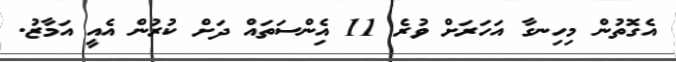
އެގޮތުން މިހިނގާ އަހަރަށް ވުރެ 11 އެިންސަތައް ދަށް ކުރުން އެއީ އަމާޒު.